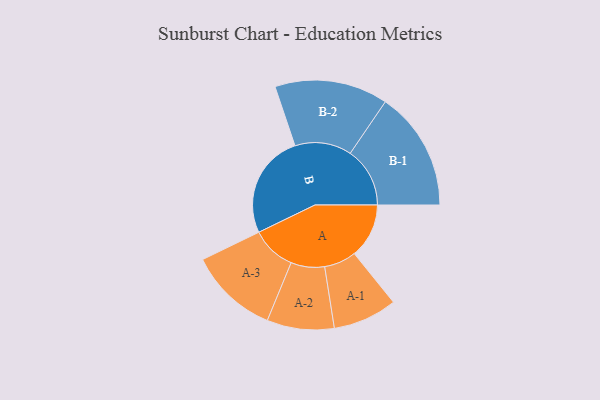
{"axis": {"x": "Segment", "y": "Value"}, "legend": ["", "A", "B"], "data": [{"x": "A", "y": 218, "type": ""}, {"x": "B", "y": 415, "type": ""}, {"x": "A-1", "y": 128, "type": "A"}, {"x": "A-2", "y": 134, "type": "A"}, {"x": "A-3", "y": 178, "type": "A"}, {"x": "B-1", "y": 238, "type": "B"}, {"x": "B-2", "y": 226, "type": "B"}]}